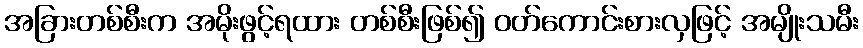
အခြားတစ်စီးက အမိုးဖွင့်ရထား တစ်စီးဖြစ်၍ ဝတ်ကောင်းစားလှဖြင့် အမျိုးသမီး